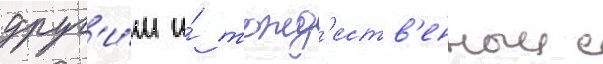
друг'и́м и́ тожд'еств'енныи с